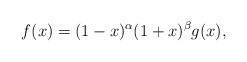
LaTeX: \begin{align*}f(x) = (1 - x)^{\alpha} (1 + x)^{\beta} g(x),\end{align*}